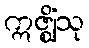
ဣဇ္ဈိံသု